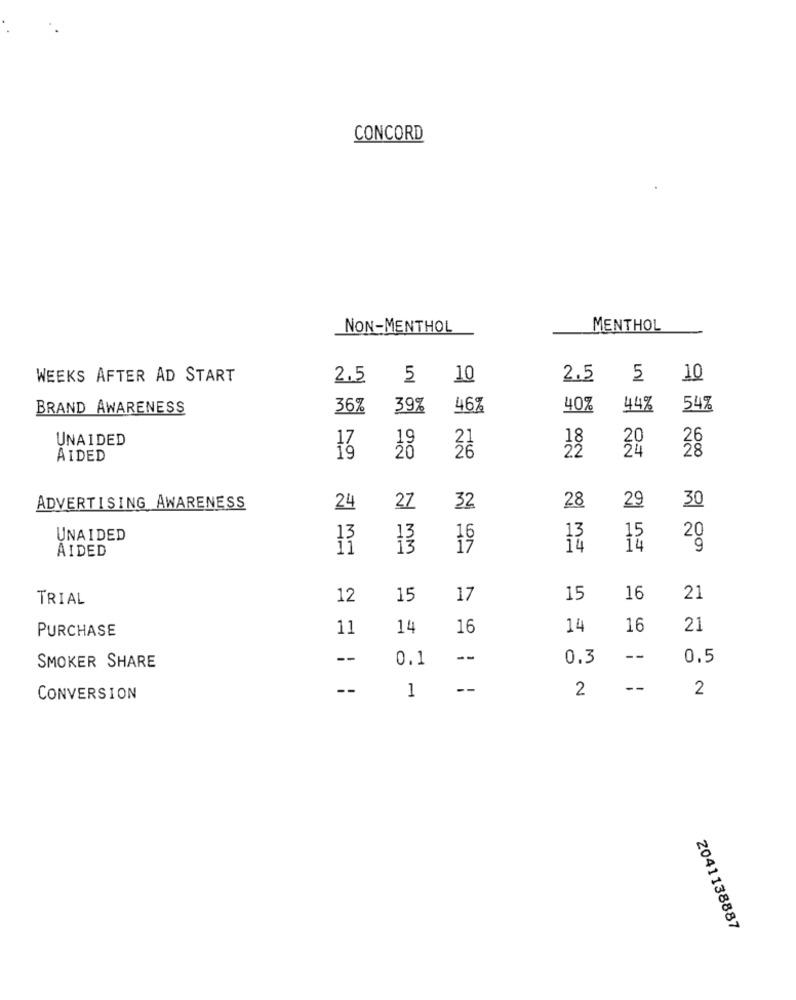
CONCORD
NON-MENTHOL
MENTHOL
WEEKS AFTER AD START
2.5
5 10
2.5
5
10
BRAND AWARENESS
36%
39%
46%
40%
44%
54%
UNAIDED
AIDED
19
28
ADVERTISING AWARENESS
24
27
32
29
30
UNAIDED
AIDED
ii
MM
1.9
14
14
2g
TRIAL
12
15
17
15
16
21
PURCHASE
11
14
16
14
16
21
--
0.1
--
0.3
--
0.5
SMOKER SHARE
--
1
--
2
--
2
CONVERSION
2041138887